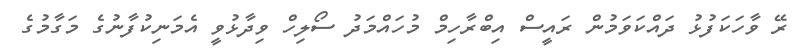
ރޭ ވާހަކަފުޅު ދައްކަވަމުން ރައީސް އިބްރާހިމް މުހައްމަދު ސޯލިހް ވިދާޅުވީ އެމަނިކުފާނުގެ މަގާމުގެ